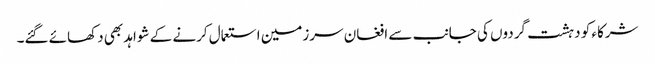
شرکاء کو دہشت گردوں کی جانب سے افغان سرزمین استعمال کرنے کے شواہد بھی دکھائے گئے۔